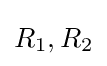
R_{1},R_{2}